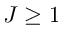
J \ge 1